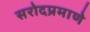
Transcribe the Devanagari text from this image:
सरोदप्रमाणे